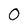
Character: 0